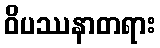
ဝိပဿနာတရား